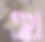
এখ